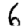
Digit: 6